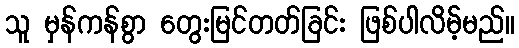
သူ မှန်ကန်စွာ တွေးမြင်တတ်ခြင်း ဖြစ်ပါလိမ့်မည်။